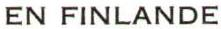
EN FINLANDE